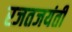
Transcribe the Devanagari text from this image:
रजतजयंती